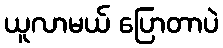
ယူလာမယ် ပြောတာပဲ